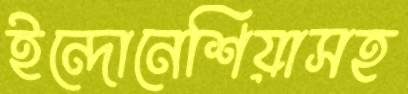
ইন্দোনেশিয়াসহ